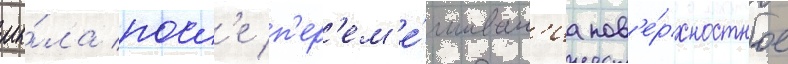
мы́ла посл'е п'ер'ем'е́шиван'иа пов'е́рхностное